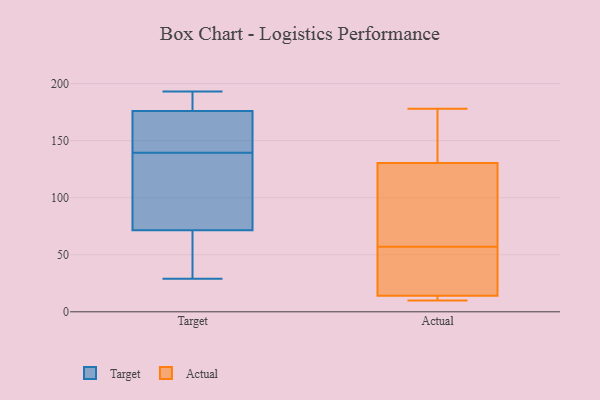
{"axis": {"x": "Website Visitors", "y": "Value"}, "legend": ["Actual", "Target"], "data": [{"x": "", "y": 165, "type": "Target"}, {"x": "", "y": 76, "type": "Target"}, {"x": "", "y": 61, "type": "Target"}, {"x": "", "y": 29, "type": "Target"}, {"x": "", "y": 73, "type": "Target"}, {"x": "", "y": 145, "type": "Target"}, {"x": "", "y": 165, "type": "Target"}, {"x": "", "y": 172, "type": "Target"}, {"x": "", "y": 181, "type": "Target"}, {"x": "", "y": 134, "type": "Target"}, {"x": "", "y": 70, "type": "Target"}, {"x": "", "y": 41, "type": "Target"}, {"x": "", "y": 193, "type": "Target"}, {"x": "", "y": 180, "type": "Target"}, {"x": "", "y": 180, "type": "Target"}, {"x": "", "y": 87, "type": "Target"}, {"x": "", "y": 87, "type": "Actual"}, {"x": "", "y": 72, "type": "Actual"}, {"x": "", "y": 178, "type": "Actual"}, {"x": "", "y": 24, "type": "Actual"}, {"x": "", "y": 14, "type": "Actual"}, {"x": "", "y": 164, "type": "Actual"}, {"x": "", "y": 14, "type": "Actual"}, {"x": "", "y": 22, "type": "Actual"}, {"x": "", "y": 130, "type": "Actual"}, {"x": "", "y": 11, "type": "Actual"}, {"x": "", "y": 132, "type": "Actual"}, {"x": "", "y": 52, "type": "Actual"}, {"x": "", "y": 14, "type": "Actual"}, {"x": "", "y": 165, "type": "Actual"}, {"x": "", "y": 108, "type": "Actual"}, {"x": "", "y": 57, "type": "Actual"}, {"x": "", "y": 10, "type": "Actual"}]}